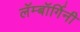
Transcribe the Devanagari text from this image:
लॅम्बॉर्गिनी